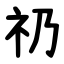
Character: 礽